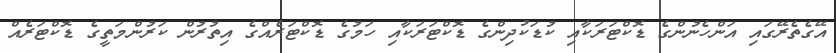
އޭގެތެރޭގައި އަންހެނުންގެ ޑޮކްޓަރަކާއި ކުޑަކުދިންގެ ޑޮކްޓަރަކާއި ހަމުގެ ޑޮކްޓަރެއްގެ އިތުރުން ކަރުންމަތީގެ ޑޮކްޓަރެއް